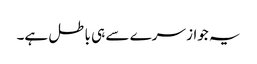
یہ جواز سرے سے ہی باطل ہے۔